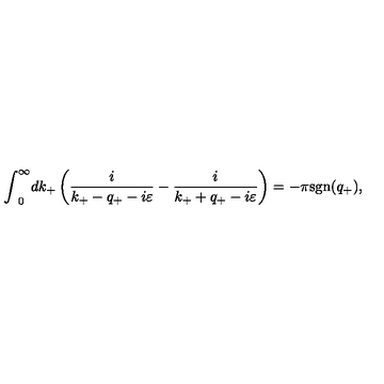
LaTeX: { \int } _ { 0 } ^ { \infty } d k _ { + } \left( \frac { i } { k _ { + } - q _ { + } - i { \varepsilon } } - \frac { i } { k _ { + } + q _ { + } - i { \varepsilon } } \right) = - { \pi } \mathrm { s g n } ( q _ { + } ) ,